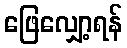
ဖြေလျှော့ရန်